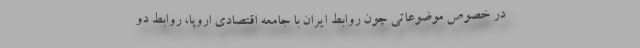
در خصوص موضوعاتی چون روابط ایران با جامعه اقتصادی اروپا، روابط دو